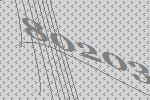
80203